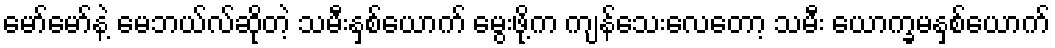
မော်မော်နဲ့ မေဘယ်လ်ဆိုတဲ့ သမီးနှစ်ယောက် မွေးဖို့က ကျန်သေးလေတော့ သမီး ယောက္ခမနှစ်ယောက်